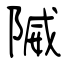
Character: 隇